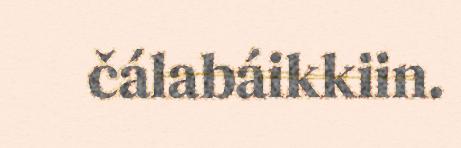
čálabáikkiin.